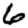
Digit: 6